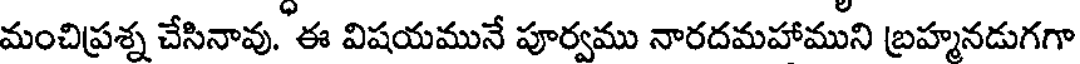
మంచిప్రశ్న చేసినావు. ఈ విషయమునే పూర్వము నారదమహాముని బ్రహ్మనడుగగా